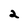
Character: 2